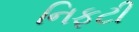
નિફટી